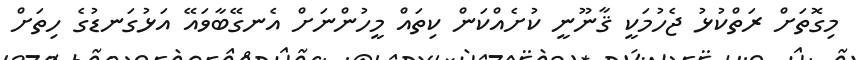
މިގޮތަށް ރަތްކުޅު ޖެހުމަކީ ޤާނޫނީ ކުށެއްކަން ކިތައް މީހުންނަށް އެނގޭބާވައޭ އަޅުގަނޑުގެ ހިތަށް